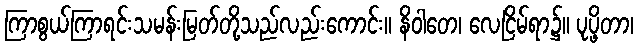
ကြာစွယ်ကြာရင်းသမန်းမြတ်တို့သည်လည်းကောင်း။ နိဝါတေ၊ လေငြိမ်ရာ၌။ ပုပ္ဖိတာ၊